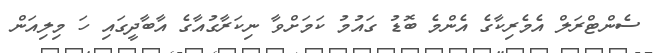
ސެންޓްރަލް އެމެރިކާގެ އެންމެ ބޮޑު ގައުމު ކަމަށްވާ ނިކަރާގުއާގެ އާބާދީގައި ހަ މިލިއަން